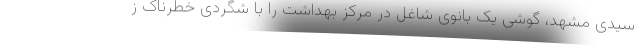
سیدی مشهد، گوشی یک بانوی شاغل در مرکز بهداشت را با شگردی خطرناک ز